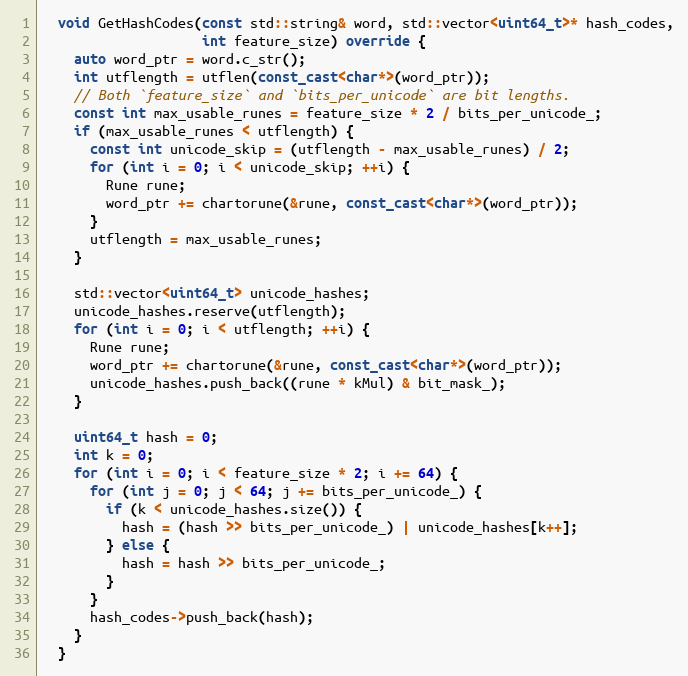
Language: C++
  void GetHashCodes(const std::string& word, std::vector<uint64_t>* hash_codes,
                    int feature_size) override {
    auto word_ptr = word.c_str();
    int utflength = utflen(const_cast<char*>(word_ptr));
    // Both `feature_size` and `bits_per_unicode` are bit lengths.
    const int max_usable_runes = feature_size * 2 / bits_per_unicode_;
    if (max_usable_runes < utflength) {
      const int unicode_skip = (utflength - max_usable_runes) / 2;
      for (int i = 0; i < unicode_skip; ++i) {
        Rune rune;
        word_ptr += chartorune(&rune, const_cast<char*>(word_ptr));
      }
      utflength = max_usable_runes;
    }

    std::vector<uint64_t> unicode_hashes;
    unicode_hashes.reserve(utflength);
    for (int i = 0; i < utflength; ++i) {
      Rune rune;
      word_ptr += chartorune(&rune, const_cast<char*>(word_ptr));
      unicode_hashes.push_back((rune * kMul) & bit_mask_);
    }

    uint64_t hash = 0;
    int k = 0;
    for (int i = 0; i < feature_size * 2; i += 64) {
      for (int j = 0; j < 64; j += bits_per_unicode_) {
        if (k < unicode_hashes.size()) {
          hash = (hash >> bits_per_unicode_) | unicode_hashes[k++];
        } else {
          hash = hash >> bits_per_unicode_;
        }
      }
      hash_codes->push_back(hash);
    }
  }